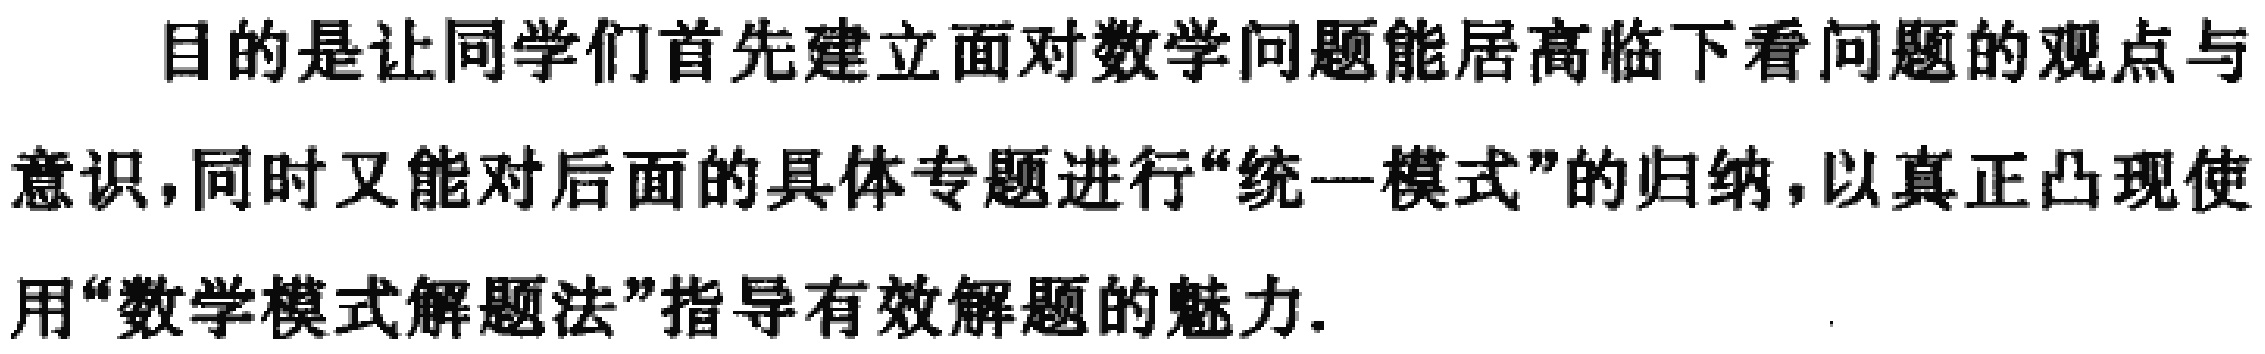
目的是让同学们首先建立面对数学问题能居高临下看问题的观点与意识,同时又能对后面的具体专题进行“统一模式”的归纳,以真正凸现使用“数学模式解题法”指导有效解题的魅力.